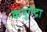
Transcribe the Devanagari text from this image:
कपुगेद्रा